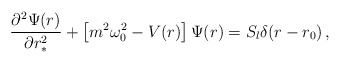
\begin{align*}\frac{\partial^{2} \Psi(r)}{\partial r_*^{2}} +\left\lbrack m^2\omega_0^2-V(r)\right\rbrack\Psi(r)=S_l \delta(r-r_0) \,,\end{align*}